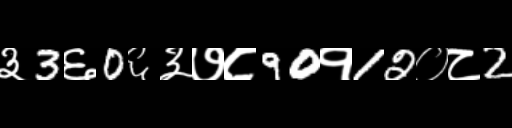
Text: ३3६0६३७८90१12०८2